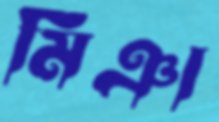
মিঞা